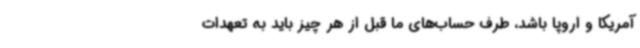
آمریکا و اروپا باشد، طرف حساب‌های ما قبل از هر چیز باید به تعهدات